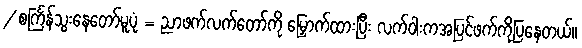
/ စင်္ကြန်သွးနေတော်မူပုံ = ညာဖက်လက်တော်ကို မြှောက်ထားပြီး လက်ဝါးကအပြင်ဖက်ကိုပြနေတယ်။